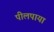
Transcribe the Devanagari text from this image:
पीलपाया